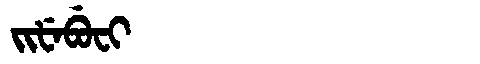
Manchu: ᠵᡳᡶᡝᠪᡠᠸᡳ
Romanization: JIFEBUFI